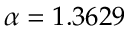
\alpha = 1 . 3 6 2 9